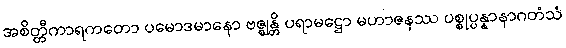
အစိတ္တီကာရကတော ပမောဒမာနော ဗဇ္ဈန္တိ ပရာမဋ္ဌော မဟာဇနဿ ပစ္စုပ္ပန္နာနာဂတံသံ